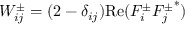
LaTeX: W _ { i j } ^ { \pm } = ( 2 - \delta _ { i j } ) \mathrm { R e } ( F _ { i } ^ { \pm } { F _ { j } ^ { \pm } } ^ { * } )